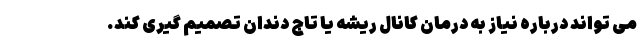
می تواند درباره نیاز به درمان کانال ریشه یا تاج دندان تصمیم گیری کند.